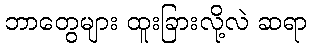
ဘာတွေများ ထူးခြားလို့လဲ ဆရာ